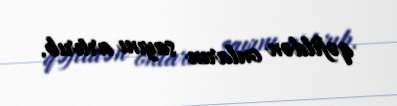
qəfildən onların sayını artırıb.